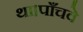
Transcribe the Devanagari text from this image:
था।पाँचवे